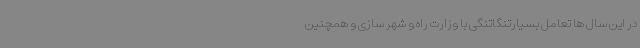
در این سال ها تعامل بسیارتنگاتنگی با وزارت راه و شهر سازی و همچنین